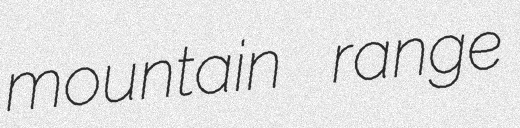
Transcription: mountain range